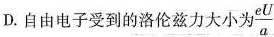
D.自由电子受到的洛伦兹力大小为\frac{eU}{a}